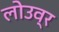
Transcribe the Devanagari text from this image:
लोउव्र